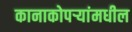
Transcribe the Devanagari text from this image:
कानाकोपर्‍यांमधील